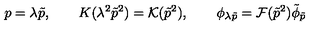
p = \lambda \tilde { p } , \qquad K ( \lambda ^ { 2 } \tilde { p } ^ { 2 } ) = { \cal K } ( \tilde { p } ^ { 2 } ) , \qquad \phi _ { \lambda \tilde { p } } = { \cal F } ( \tilde { p } ^ { 2 } ) \tilde { \phi } _ { \tilde { p } }